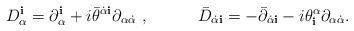
\begin{align*}D_\alpha^{\mathbf i} = \partial_\alpha^{\mathbf i} + i{\bar\theta}^{\dot\alpha {\mathbf i}} \partial_{\alpha\dot\alpha}\ ,\qquad\quad{\bar D}_{\dot\alpha {\mathbf i}} = -{\bar\partial}_{\dot\alpha{\mathbf i}}- i {\theta}^\alpha_{\mathbf i} \partial_{\alpha\dot\alpha}.\end{align*}